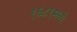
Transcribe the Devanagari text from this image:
१६८९मध्ये